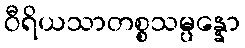
ဝီရိယသာတစ္စသမ္ပန္နော